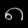
Digit: ၈